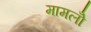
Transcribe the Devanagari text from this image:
मामलोँ